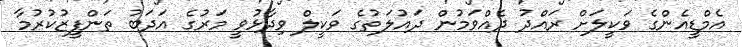
އެމްޑީއެންގެ ވަކީލަށް ރައްދު ދެއްވަމުން ދައުލަތުގެ ވަކީލް ވިދާޅުވީ މަރުގެ އަދަބު ތަންފީޒުކުރުމާ